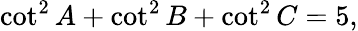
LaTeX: \cot^{2}A+\cot^{2}B+\cot^{2}C=5,